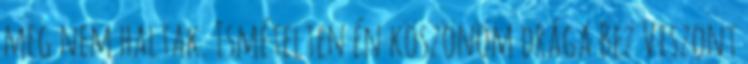
meg nem haltak. Ismételten én köszönöm drága Bez Viszont